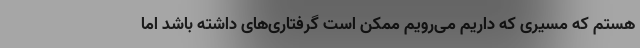
هستم که مسیری که داریم می‌رویم ممکن است گرفتاری‌های داشته باشد اما